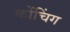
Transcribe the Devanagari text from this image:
कोंचिंग